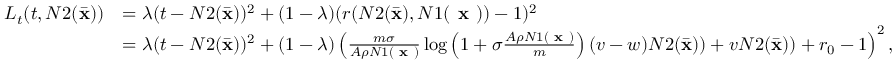
\begin{array} { r l } { L _ { t } ( t , N 2 ( \bar { \mathbf { x } } ) ) } & { = \lambda ( t - N 2 ( \bar { \mathbf { x } } ) ) ^ { 2 } + ( 1 - \lambda ) ( r ( N 2 ( \Bar { \mathbf { x } } ) , N 1 ( \textbf { x } ) ) - 1 ) ^ { 2 } } \\ & { = \lambda ( t - N 2 ( \bar { \mathbf { x } } ) ) ^ { 2 } + ( 1 - \lambda ) \left( \frac { m \sigma } { A \rho N 1 ( \textbf { x } ) } \log \left( 1 + \sigma \frac { A \rho N 1 ( \textbf { x } ) } { m } \right) ( v - w ) N 2 ( \bar { \mathbf { x } } ) ) + v N 2 ( \Bar { \mathbf { x } } ) ) + r _ { 0 } - 1 \right) ^ { 2 } , } \end{array}